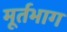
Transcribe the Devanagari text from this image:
मूर्तभाग